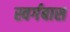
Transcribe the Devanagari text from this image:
स्वर्गबास